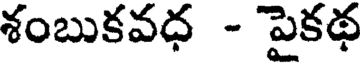
శంబుకవధ - పైకథ